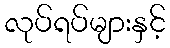
လုပ်ရပ်များနှင့်